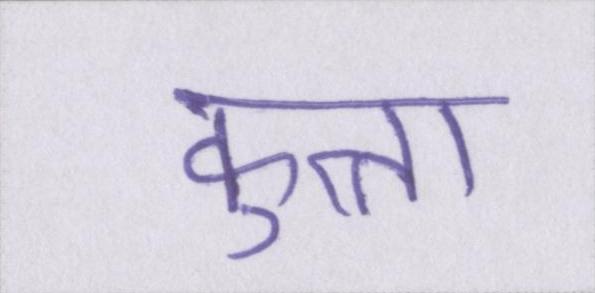
कुत्ता